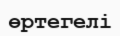
өртегелі